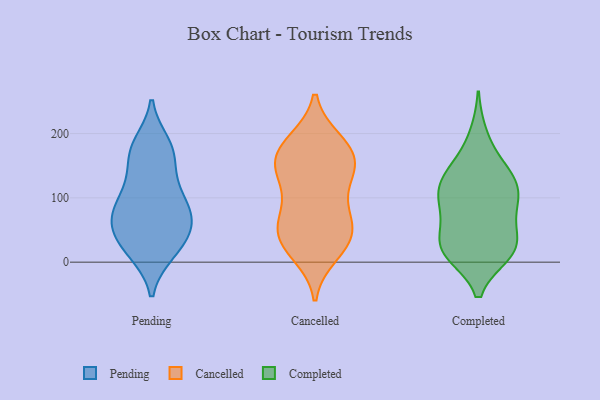
{"axis": {"x": "Churn Rate (%)", "y": "Value"}, "legend": ["Cancelled", "Completed", "Pending"], "data": [{"x": "", "y": 52, "type": "Pending"}, {"x": "", "y": 178, "type": "Pending"}, {"x": "", "y": 18, "type": "Pending"}, {"x": "", "y": 46, "type": "Pending"}, {"x": "", "y": 170, "type": "Pending"}, {"x": "", "y": 46, "type": "Pending"}, {"x": "", "y": 64, "type": "Pending"}, {"x": "", "y": 84, "type": "Pending"}, {"x": "", "y": 117, "type": "Pending"}, {"x": "", "y": 83, "type": "Pending"}, {"x": "", "y": 169, "type": "Pending"}, {"x": "", "y": 15, "type": "Pending"}, {"x": "", "y": 16, "type": "Pending"}, {"x": "", "y": 86, "type": "Pending"}, {"x": "", "y": 103, "type": "Pending"}, {"x": "", "y": 62, "type": "Pending"}, {"x": "", "y": 184, "type": "Pending"}, {"x": "", "y": 137, "type": "Pending"}, {"x": "", "y": 106, "type": "Cancelled"}, {"x": "", "y": 144, "type": "Cancelled"}, {"x": "", "y": 164, "type": "Cancelled"}, {"x": "", "y": 112, "type": "Cancelled"}, {"x": "", "y": 34, "type": "Cancelled"}, {"x": "", "y": 28, "type": "Cancelled"}, {"x": "", "y": 54, "type": "Cancelled"}, {"x": "", "y": 188, "type": "Cancelled"}, {"x": "", "y": 75, "type": "Cancelled"}, {"x": "", "y": 140, "type": "Cancelled"}, {"x": "", "y": 185, "type": "Cancelled"}, {"x": "", "y": 151, "type": "Cancelled"}, {"x": "", "y": 59, "type": "Cancelled"}, {"x": "", "y": 48, "type": "Cancelled"}, {"x": "", "y": 12, "type": "Cancelled"}, {"x": "", "y": 155, "type": "Cancelled"}, {"x": "", "y": 158, "type": "Cancelled"}, {"x": "", "y": 19, "type": "Cancelled"}, {"x": "", "y": 63, "type": "Cancelled"}, {"x": "", "y": 189, "type": "Cancelled"}, {"x": "", "y": 25, "type": "Completed"}, {"x": "", "y": 100, "type": "Completed"}, {"x": "", "y": 119, "type": "Completed"}, {"x": "", "y": 20, "type": "Completed"}, {"x": "", "y": 22, "type": "Completed"}, {"x": "", "y": 198, "type": "Completed"}, {"x": "", "y": 48, "type": "Completed"}, {"x": "", "y": 68, "type": "Completed"}, {"x": "", "y": 82, "type": "Completed"}, {"x": "", "y": 88, "type": "Completed"}, {"x": "", "y": 20, "type": "Completed"}, {"x": "", "y": 14, "type": "Completed"}, {"x": "", "y": 116, "type": "Completed"}, {"x": "", "y": 118, "type": "Completed"}, {"x": "", "y": 156, "type": "Completed"}, {"x": "", "y": 13, "type": "Completed"}, {"x": "", "y": 126, "type": "Completed"}, {"x": "", "y": 146, "type": "Completed"}]}